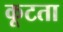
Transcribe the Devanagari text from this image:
कूटता